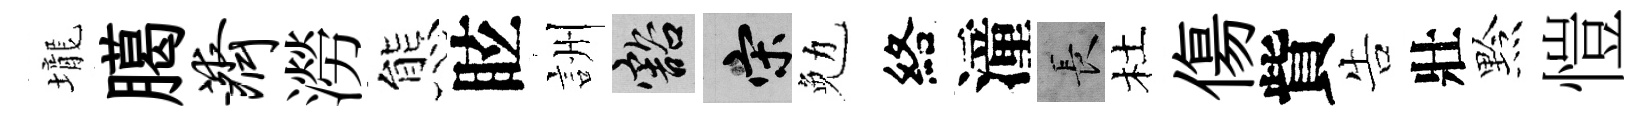
壠臈济澇態眩詶豁宋勉絡潼长杜傷貲告壯黔愷